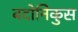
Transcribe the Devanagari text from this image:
बदोनिकुस